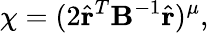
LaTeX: \chi=(2\hat{{\mathbf r}}^{T}\mathrm{\mathbf B^{-1}}\hat{{\mathbf r}})^{\mu},